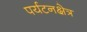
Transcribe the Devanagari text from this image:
पर्यटनक्षेत्र